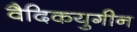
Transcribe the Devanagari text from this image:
वैदिकयुगीन